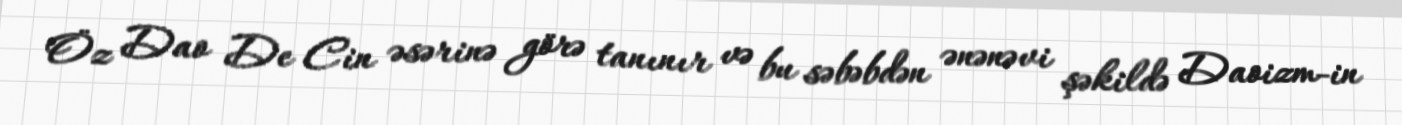
Öz Dao De Cin əsərinə görə tanınır və bu səbəbdən ənənəvi şəkildə Daoizm-in